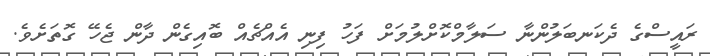
ރައީސްގެ ދެކަނބަލުންނާ ސަލާމްކޮށްލުމަށް ފަހު ފިނި އެއްޗެއް ބޮއިގެން ދާން ޖެހޭ ގޮތަށެވެ.